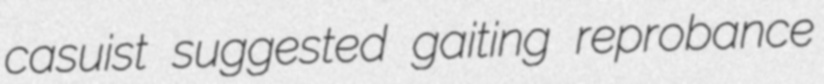
casuist suggested gaiting reprobance